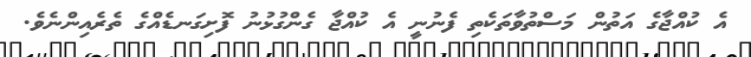
އެ ކުއްޖާގެ އަތުން މަސްތުވާތަކެތި ފެނުނީ އެ ކުއްޖާ ގެންގުޅުނު ފޮށިގަނޑެއްގެ ތެރެއިންނެވެ.